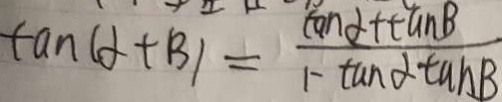
\tan ( \alpha + \beta ) = \frac { \tan \alpha + \tan \beta } { 1 - \tan \alpha \tan \beta }